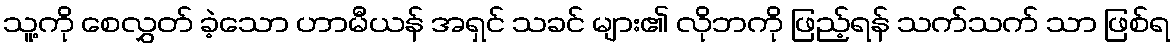
သူ့ကို စေလွှတ် ခဲ့သော ဟာမီယန် အရှင် သခင် များ၏ လိုဘကို ဖြည့်ရန် သက်သက် သာ ဖြစ်ရ